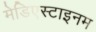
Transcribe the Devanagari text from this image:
मेडिएस्टाइनम